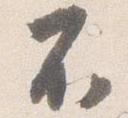
不